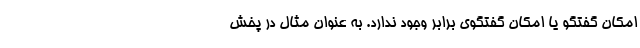
امکان گفتگو یا امکان گفتگوی برابر وجود ندارد. به عنوان مثال در پخش